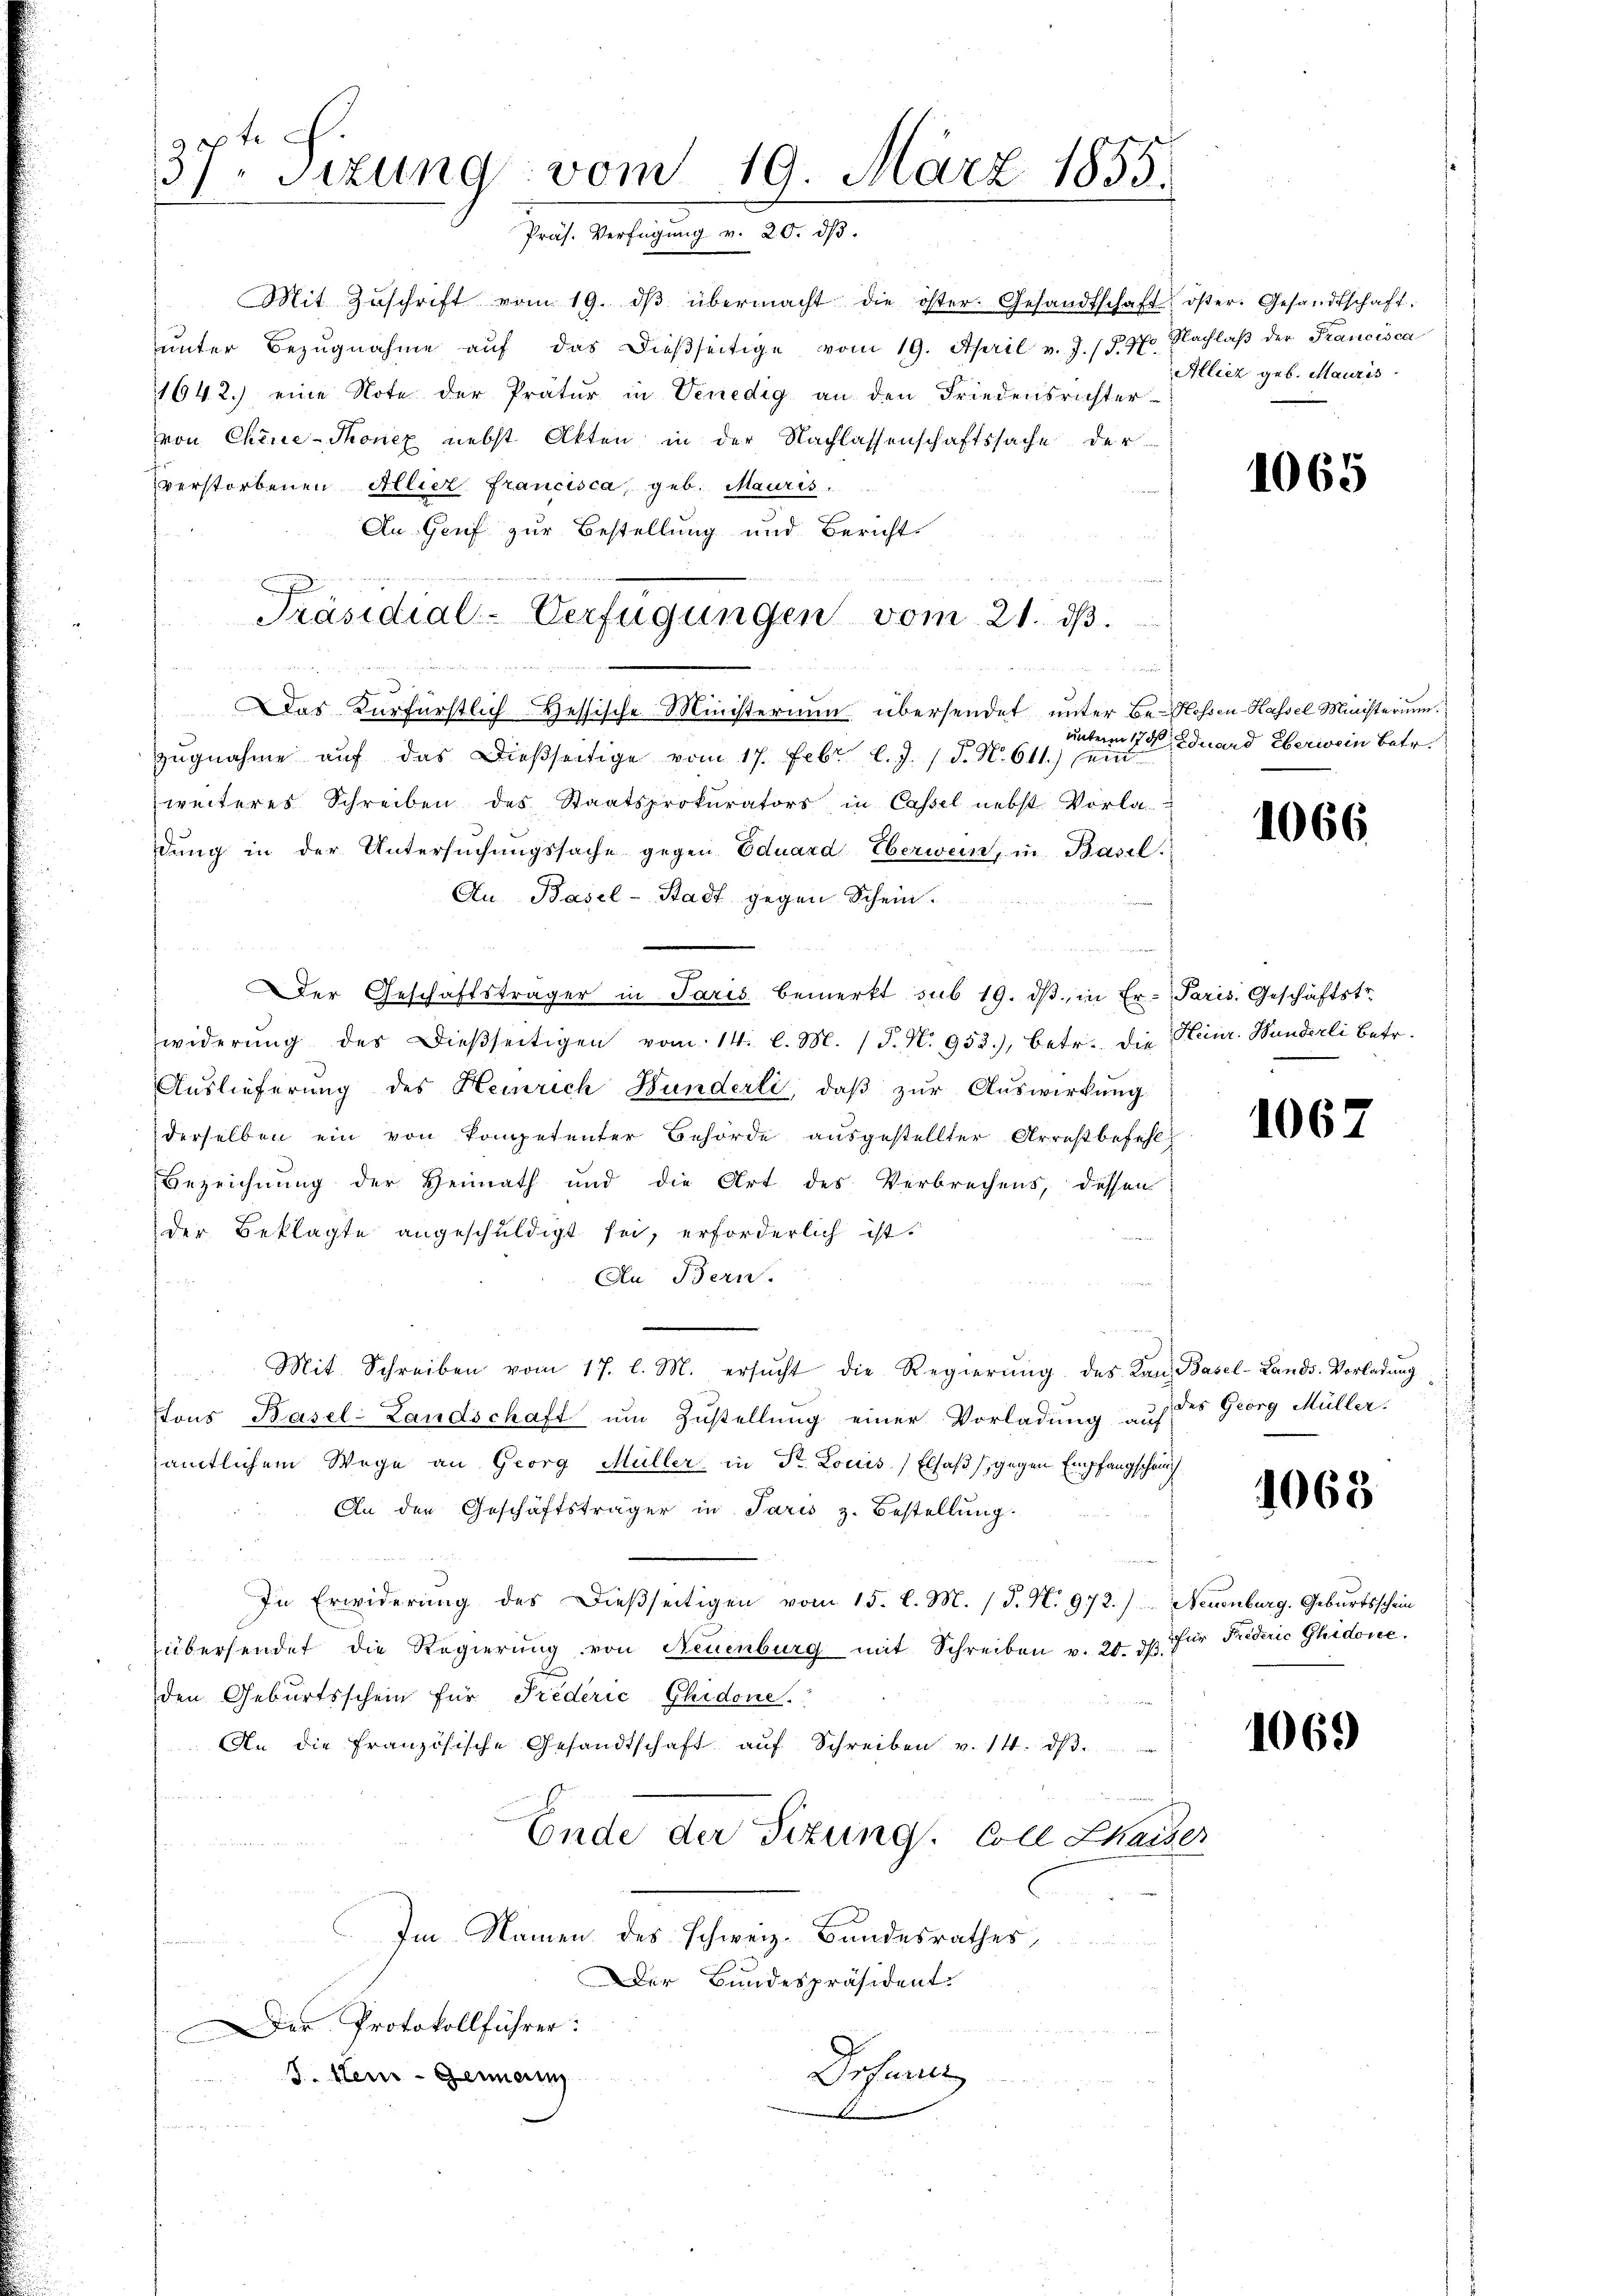
20 x
3) Sitzung vom 19. März 1855.
Präs. Verfügung v. 20. dβ.

Mit Zŭschrift vom 19. dβ übermacht die öster. Gesandtschaft
ŭnter Bezŭgnahme aŭf das dießseitige vom 19. April v. J. (T. N.
1642.) eine Note der Pratur in Venedig an den Friedensrichter-
von Chine-Thonez nebst Akten in der Nachlassenschaftssache der
verstorbenen Allier francisca, geb. Mauris
An Genf zur Bestellung und Bericht

Präsidial-Verfügungen vom 21. ds.

das Fürfürstlich-Hessische Ministerium übersendet unter Be- Hessen-Kassel Ministeriu
zŭgnahme aŭf das dießseitige vom 17. Febr. l. J. J. N. 611.) ein
weiteres Schreiben des Staatsprokurators in Cassel nebst Vorla
dung in der Untersŭchŭngssache gegen Eduard Eberwein, in Basel.
Au. Basel-Stadt gegen Schein.
e
Der Geschäftsträger in Paris bemerkt sub 19. dβ in Er- Paris. Geschäftstr
widerŭng des dieβseitigen vom 14. l. M. (T. N. 952.), betr. die Heinr. Handerli betr.
Auslieferung des Heinrich Hunderli, daß zur Auswirkung
derselben ein von kompetenter Behörde ausgestellter Arrestbefehl
Bezeichnung der Heimath und die Art des Verbrechens, dessen
der Beklagte angeschuldigt sei, erforderlich ist:
An Bern.
Mit Schreiben vom 17. l. M. ersŭcht die Regierŭng des Kan Basel-Lands-Vorladung
ttons Basel-Landschaft um Zustellung einer Vorladung auf
amtlichem Wege an Georg Müller in Str. Louis Elsaß gegen Empfangschaf
An den Geschäftsträger in Paris z. Bestellung.
In Erwiderung des dießseitigen vom 15. l. M. (T. N. 972.) Neuenburg, Geburtsschein
übersendet die Regierung von Neuenburg mit Schreiben v. 20. dβ.
den Geburtsschein für Prederić Ghidone.
An die französische Gesandtschaft aŭf Schreiben v. 14. dβ.
Ende der Situng. Coll Chaiser
Im Namen des Schweiz. Bundesrathes
Der Bundespräsident.
Der Protokollführer:
Drohun
J. Mein Germann
un

s

unterm 17t Juard überwein betr.

des Georg Müller.

für Friderić Ghidone.

öster. Gesandtschaft.
Nachlaß der Francisca
Allicz geb. Mauris

1065

1066

106

1063

1069